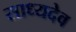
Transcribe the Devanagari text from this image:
साध्यदेव